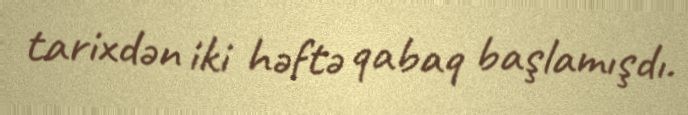
tarixdən iki həftə qabaq başlamışdı.